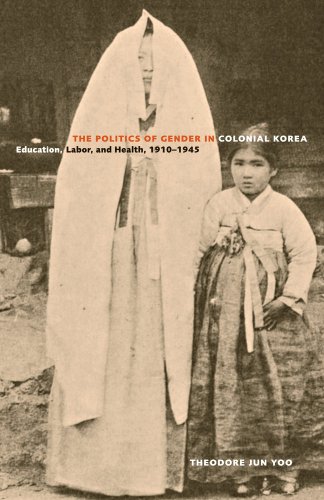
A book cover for The Politics of Gender in Colonial Korea: Education, Labor, and Health, 1910-1945 (Asia Pacific Modern); Theodore Jun Yoo; History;